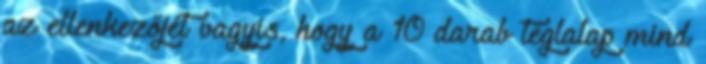
az ellenkezőjét vagyis, hogy a 10 darab téglalap mind